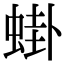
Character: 𬠎